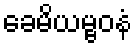
ခေမိယမ္ဗဝနံ